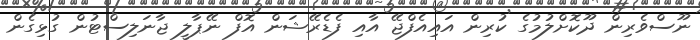
ނޫސްވެރިން ދޫކޮށްލުމުގެ ކުރިން އައިއެފްޖޭ އާއި ފެޑެރޭޝަން އޮފް ނޭޕާލީ ޖާނަލިސްޓުން ގުޅިގެން